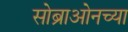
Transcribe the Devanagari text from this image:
सोब्राओनच्या